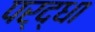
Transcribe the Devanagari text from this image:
पर्द्धा